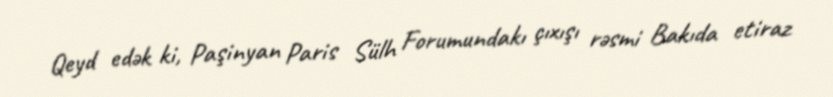
Qeyd edək ki, Paşinyan Paris Sülh Forumundakı çıxışı rəsmi Bakıda etiraz